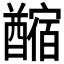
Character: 𨣡